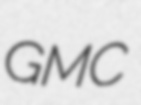
GMC